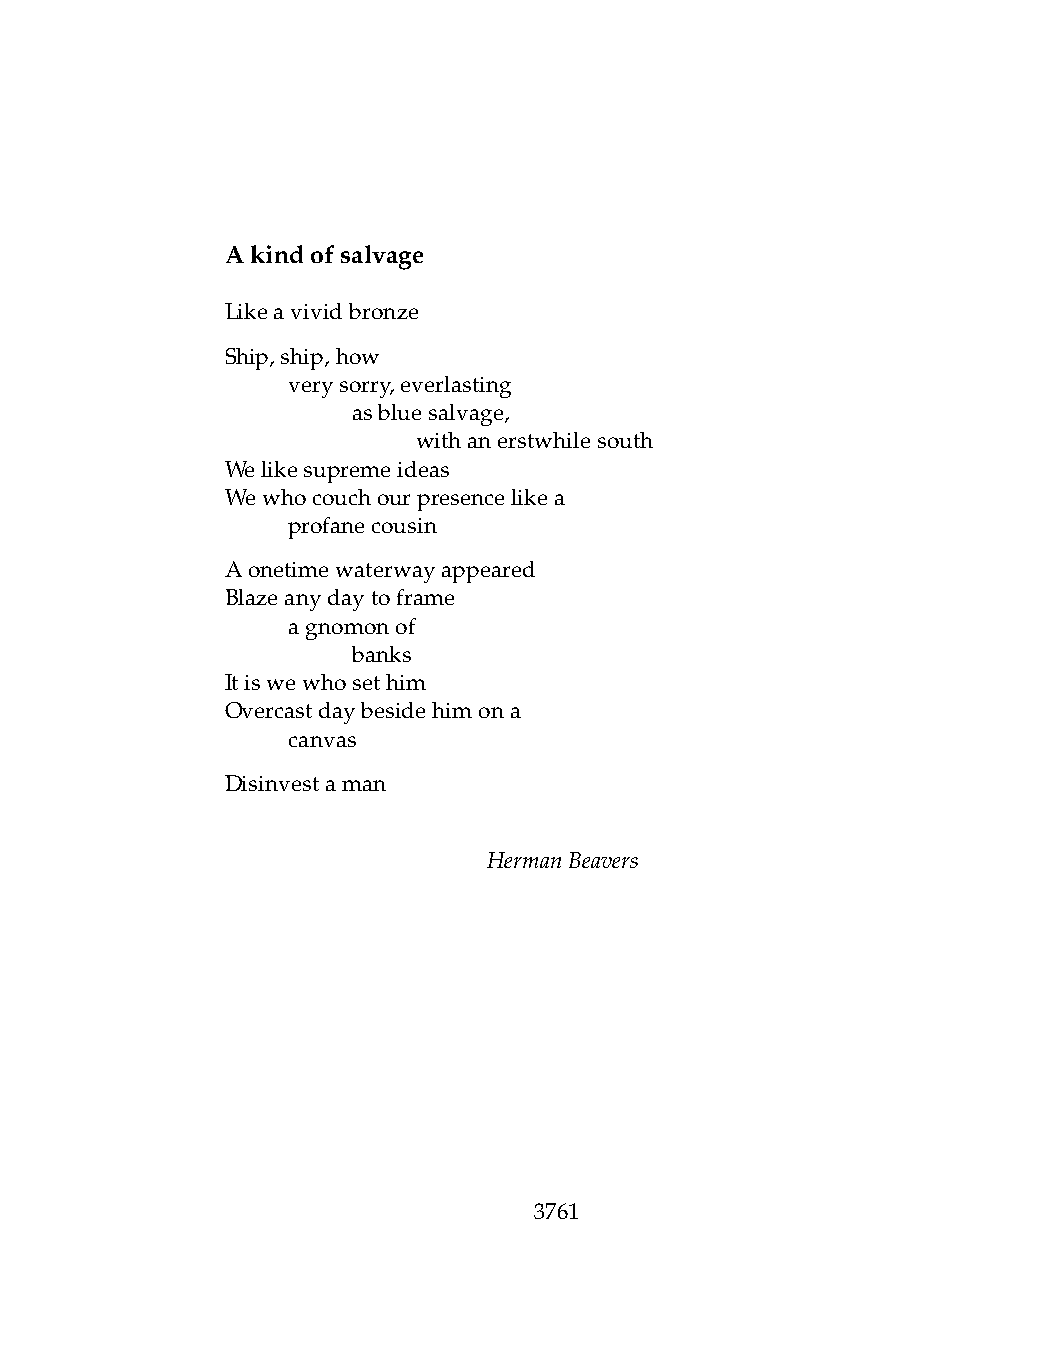
Akindofsalvage
 Likeavividbronze
 Ship,ship,how
 .   verysorry,everlasting
 .   .   asbluesalvage,
 .   .   .    withanerstwhilesouth
 Welikesupremeideas
 Wewhocouchourpresencelikea
 .   profanecousin
 Aonetimewaterwayappeared
 Blazeanydaytoframe
 .   agnomonof
 .   .   banks
 Itiswewhosethim
 Overcastdaybesidehimona
 .   canvas
 Disinvestaman
 HermanBeavers
 3761